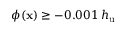
\phi ( \mathbf { x } ) \geq - 0 . 0 0 1 \: h _ { \mathrm { u } }